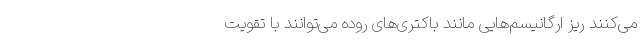
می‌کنند ریز ارگانیسم‌هایی مانند باکتری‌های روده می‌توانند با تقویت